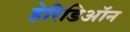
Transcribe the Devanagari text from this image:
हेरिडिऑन